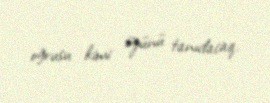
oğrusu kimi özünü tanıdacaq.